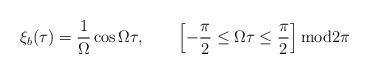
LaTeX: \begin{align*} \xi_b(\tau)=\frac 1\Omega \cos \Omega \tau, \qquad \left[ -\frac{\pi}2 \leq \Omega \tau \leq\frac \pi 2\right]{\rm mod} 2 \pi\end{align*}